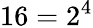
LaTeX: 16=2^{4}